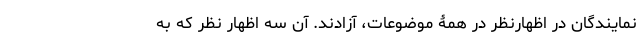
نمایندگان در اظهارنظر در همۀ موضوعات، آزادند. آن سه اظهار نظر که به